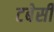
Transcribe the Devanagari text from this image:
टबेसी